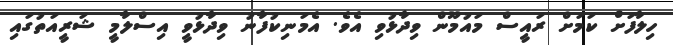
ހިލާފަށް ކަމަށް ރައީސް މައުމޫން ވިދާޅުވި އެވެ. އެމަނިކުފާނު ވިދާޅުވީ އިސްލާމީ ޝަރީއަތުގައި